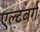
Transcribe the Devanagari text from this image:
एल्टबर्ग